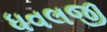
ધવલજી